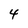
Character: 4